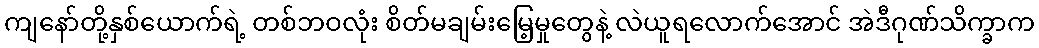
ကျနော်တို့နှစ်ယောက်ရဲ့ တစ်ဘဝလုံး စိတ်မချမ်းမြေ့မှုတွေနဲ့ လဲယူရလောက်အောင် အဲဒီဂုဏ်သိက္ခာက